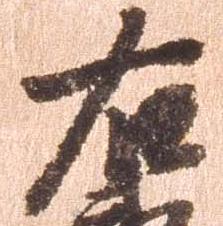
右